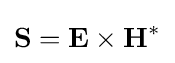
\mathbf {S} =\mathbf {E} \times \mathbf {H} ^{*}